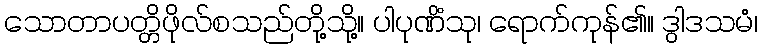
သောတာပတ္တိဖိုလ်စသည်တို့သို့။ ပါပုဏိံသု၊ ရောက်ကုန်၏။ ဒွါဒသမံ၊